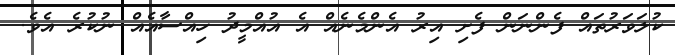
ކުލަވަރުތައް ފެންނަން ފެށި އިރު އެންމެނެއް އެ އުއްމީދު ހިއްސާއެއް ނުކުރެ އެވެ.